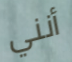
أنني